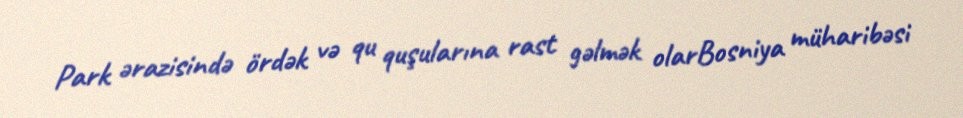
Park ərazisində ördək və qu quşularına rast gəlmək olarBosniya müharibəsi